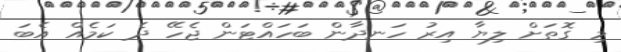
މި ގޮތަށް ލިޔާ އިރު ހަނދާން ބަހައްޓަން ޖެހޭ ދެ ކަމެއް އެބަ